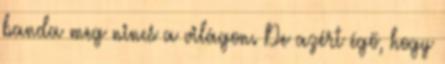
banda meg nincs a világon. De azért égő, hogy